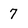
Character: 7